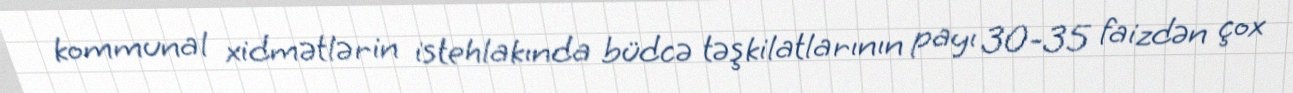
kommunal xidmətlərin istehlakında büdcə təşkilatlarının payı 30-35 faizdən çox